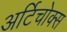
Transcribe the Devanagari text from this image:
अर्टिचोक्स